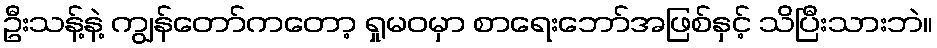
ဦးသန့်နဲ့ ကျွန်တော်ကတော့ ရှုမဝမှာ စာရေးဘော်အဖြစ်နှင့် သိပြီးသားဘဲ။